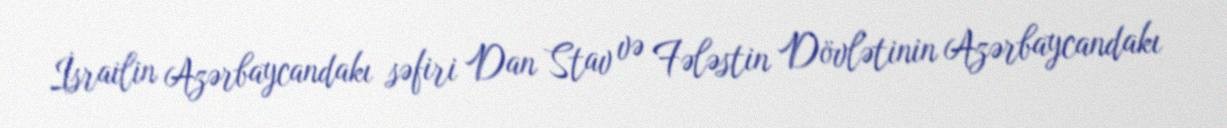
İsrailin Azərbaycandakı səfiri Dan Stav və Fələstin Dövlətinin Azərbaycandakı